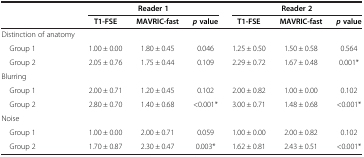
| <ROWSPAN=2>  | <COLSPAN=3> Reader 1 | <COLSPAN=3> Reader 2 |
 | T1-FSE | MAVRIC-fast | pvalue | T1-FSE | MAVRIC-fast | pvalue |
 | --- | --- | --- | --- | --- | --- | --- |
 | Distinction of anatomy |  |  |  |  |  |  |
 | Group 1 | 1.00 ± 0.00 | 1.80 ± 0.45 | 0.046 | 1.25 ± 0.50 | 1.50 ± 0.58 | 0.564 |
 | Group 2 | 2.05 ± 0.76 | 1.75 ± 0.44 | 0.109 | 2.29 ± 0.72 | 1.67 ± 0.48 | 0.001* |
 | Blurring |  |  |  |  |  |  |
 | Group 1 | 2.00 ± 0.71 | 1.20 ± 0.45 | 0.102 | 2.00 ± 0.82 | 1.00 ± 0.00 | 0.102 |
 | Group 2 | 2.80 ± 0.70 | 1.40 ± 0.68 | <0.001* | 3.00 ± 0.71 | 1.48 ± 0.68 | <0.001* |
 | Noise |  |  |  |  |  |  |
 | Group 1 | 1.00 ± 0.00 | 2.00 ± 0.71 | 0.059 | 1.00 ± 0.00 | 2.00 ± 0.82 | 0.102 |
 | Group 2 | 1.70 ± 0.87 | 2.30 ± 0.47 | 0.003* | 1.62 ± 0.81 | 2.43 ± 0.51 | <0.001* |